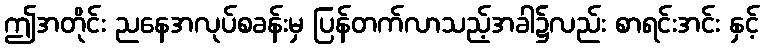
ဤအတိုင်း ညနေအလုပ်စခန်းမှ ပြန်တက်လာသည့်အခါ၌လည်း စာရင်းအင်း နှင့်